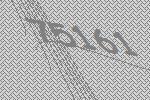
75161